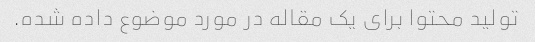
تولید محتوا برای یک مقاله در مورد موضوع داده شده.